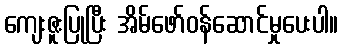
ကျေးဇူးပြုပြီး အိမ်ဖော်ဝန်ဆောင်မှုပေးပါ။